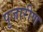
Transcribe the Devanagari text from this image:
पुजारीण